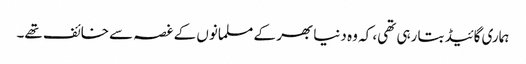
ہماری گائیڈ بتا رہی تھی، کہ و ہ دنیا بھر کے مسلمانوں کے غصہ سے خائف تھے۔